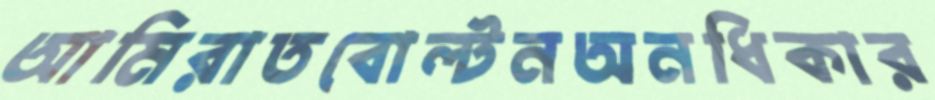
আমিরাতবোল্টনঅনধিকার